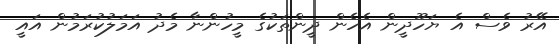
އޭރު ވެސް އެ ޔަހޫދީން އެހެން ދީންތަކުގެ މީހުންނާ މެދު އަމަލުކުރަމުން އައީ